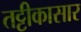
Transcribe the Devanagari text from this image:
तट्टीकासार